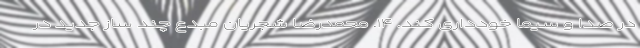
در صدا و سیما خودداری کند. ۱۴. محمدرضا شجریان مبدع چند ساز جدید در